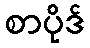
စာပိုဒ်